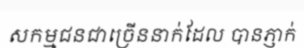
សកម្មជនជាច្រើននាក់ដែល បានភ្ញាក់